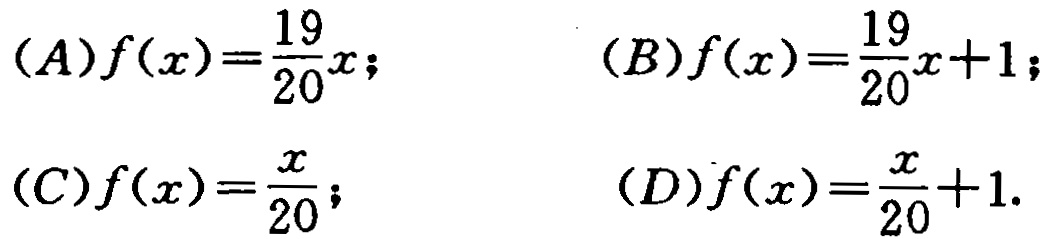
(A)$f(x)=\frac{19}{20}x$;  (B)$f(x)=\frac{19}{20}x + 1$;

(C)$f(x)=\frac{x}{20}$;  (D)$f(x)=\frac{x}{20}+1$.